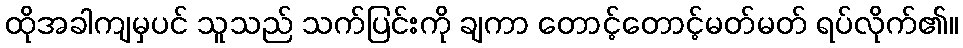
ထိုအခါကျမှပင် သူသည် သက်ပြင်းကို ချကာ တောင့်တောင့်မတ်မတ် ရပ်လိုက်၏။